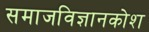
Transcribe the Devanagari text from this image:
समाजविज्ञानकोश